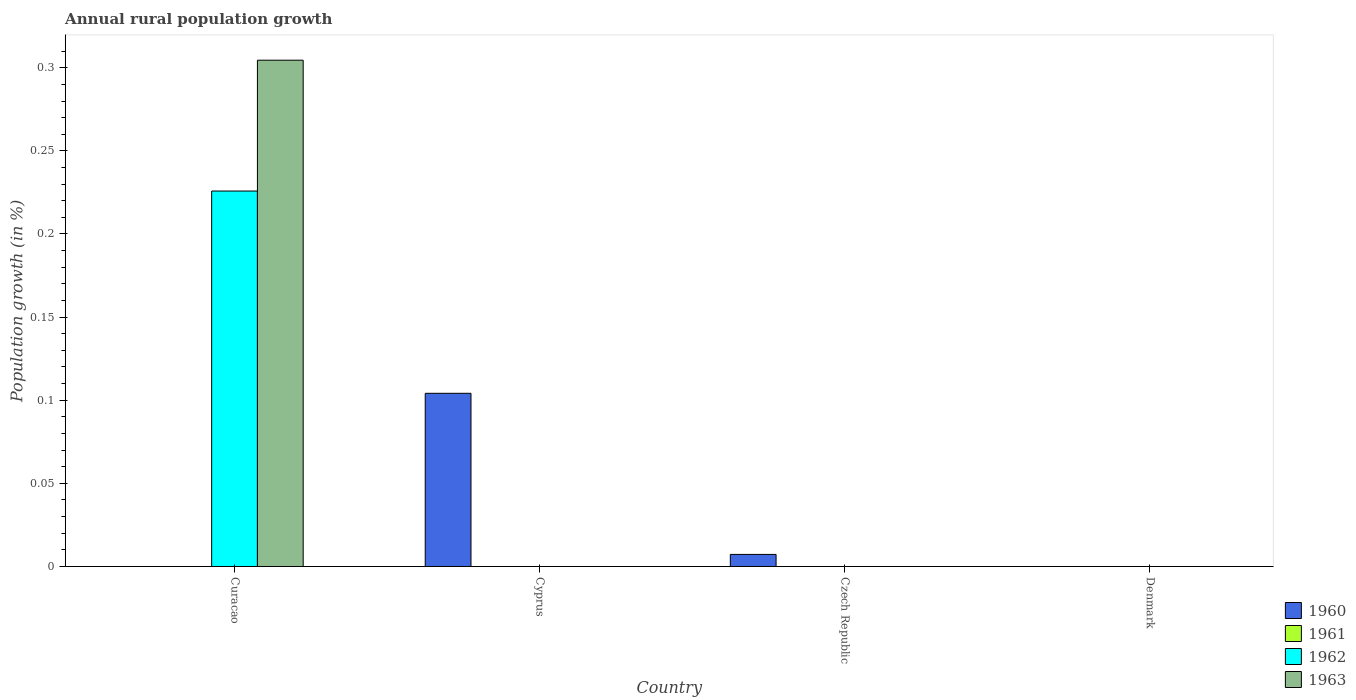
| Country | 1960 | 1961 | 1962 | 1963 |
 | --- | --- | --- | --- | --- |
 | Curacao | -0.823 | -0.524 | 0.226 | 0.305 |
 | Cyprus | 0.104 | -0.25 | -0.56 | -0.758 |
 | Czech Republic | 0.00726 | -1.44 | -0.844 | -0.77 |
 | Denmark | -2.37 | -2.12 | -1.9 | -1.91 |